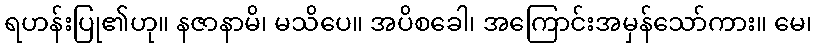
ရဟန်းပြု၏ဟု။ နဇာနာမိ၊ မသိပေ။ အပိစခေါ၊ အကြောင်းအမှန်သော်ကား။ မေ၊